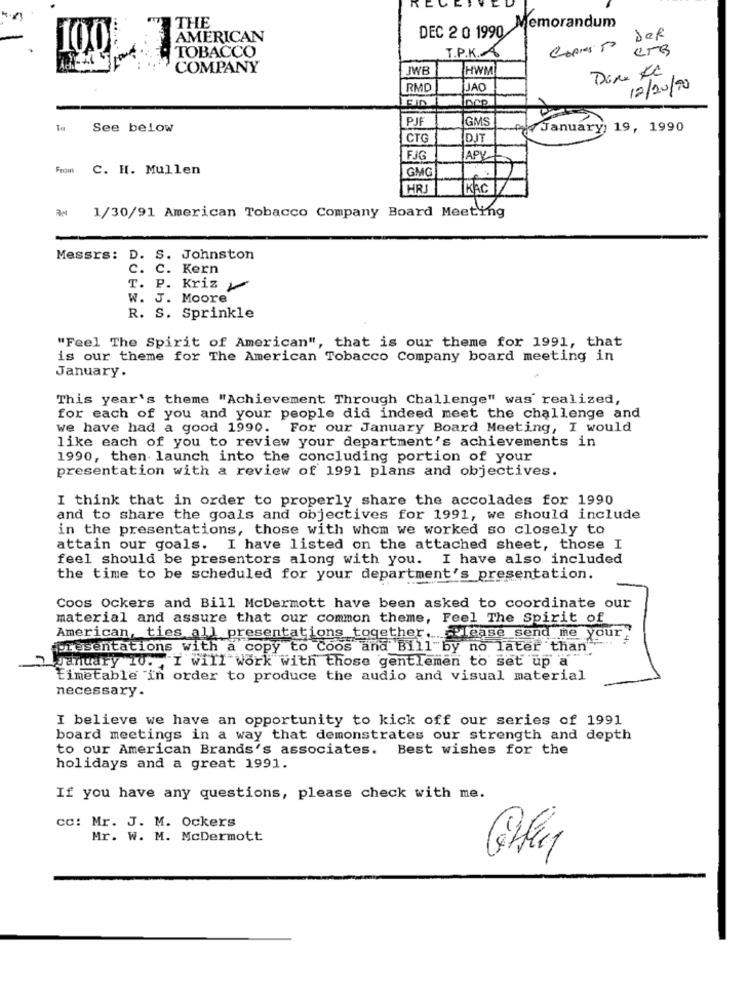
THE
DEC 2 0 1990
Memorandum
AMERICAN
Copresto DER
100
TOBACCO
T.P.K. A
COMPANY
JWB
HWM
RMC
JAO
12/20/90
PJF
GMS
To See below
January, 19, 1990
CTG
DJT
FJG
APY
From C. H. Mullen
GMG
HRJ
KAC
A 1/30/91 American Tobacco Company Board Meeting
Messrs: D. S. Johnston
C. C. Kern
T. P. Kriz
W. J. Moore
R. S. Sprinkle
"Feel The Spirit of American", that is our theme for 1991, that
is our theme for The American Tobacco Company board meeting in
January.
This year's theme "Achievement Through Challenge" was realized,
for each of you and your people did indeed meet the challenge and
we have had a good 1990. For our January Board Meeting, I would
like each of you to review your department's achievements in
1990, then launch into the concluding portion of your
presentation with a review of 1991 plans and objectives.
I think that in order to properly share the accolades for 1990
and to share the goals and objectives for 1991, we should include
in the presentations, those with whom we worked so closely to
attain our goals. I have listed on the attached sheet, those I
feel should be presentors along with you. I have also included
the time to be scheduled for your department's presentation.
Coos Ockers and Bill McDermott have been asked to coordinate our
material and assure that our common theme, Feel The Spirit of
American, ties all presentations together. Please send me your"
presentations with a copy to Coos and Bill by no later than
2 january 10. "I will Work with those gentlemen to set up a
Timetable in order to produce the audio and visual material
necessary.
I believe we have an opportunity to kick off our series of 1991
board meetings in a way that demonstrates our strength and depth
to our American Brands's associates. Best wishes for the
holidays and a great 1991.
If you have any questions, please check with me.
cc: Mr. J. M. Ockers
Mr. W. M. McDermott